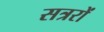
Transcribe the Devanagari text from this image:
सत्ररों